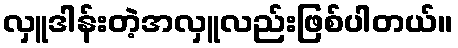
လှူဒါန်းတဲ့အလှူလည်းဖြစ်ပါတယ်။